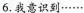
6.我意识到······